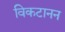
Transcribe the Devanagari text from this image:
विकटानन